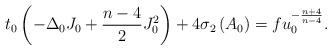
\begin{align*}t_{0}\left( -\Delta _{0}J_{0}+\frac{n-4}{2}J_{0}^{2}\right) +4\sigma_{2}\left( A_{0}\right) =fu_{0}^{-\frac{n+4}{n-4}}. \end{align*}